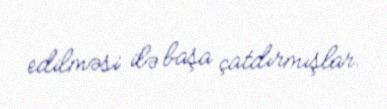
edilməsi ilə başa çatdırmışlar.